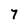
Character: 7